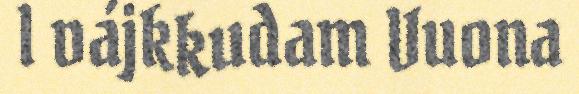
l vájkkudam Vuona